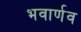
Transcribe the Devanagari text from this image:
भवार्णव